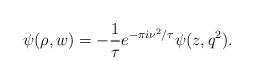
LaTeX: \begin{align*}\psi(\rho,w) = -{1\over\tau}e^{-\pi i\nu^2/\tau}\psi(z,q^2).\end{align*}